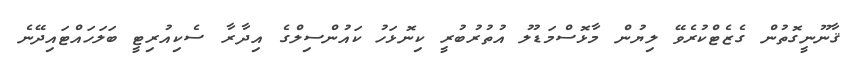
ޤާނޫނީގޮތުން ގެޒެޓްކުރެވޭ ލިޔުން މާޅޮސްމަޑުލު އުތުރުބުރީ ކިނޮޅަހު ކައުންސިލްގެ އިދާރާ ސެކިއުރިޓީ ބަލަހައްޓައިދޭނެ